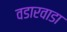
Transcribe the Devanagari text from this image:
वडारवाडा